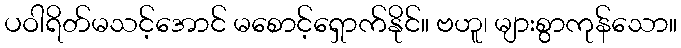
ပဝါရိတ်မသင့်အောင် မစောင့်ရှောက်နိုင်။ ဗဟူ၊ များစွာကုန်သော။